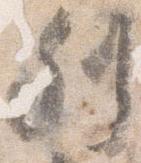
列